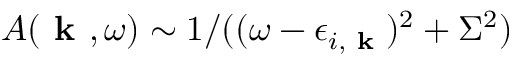
A ( \textbf { k } , \omega ) \sim 1 / ( ( \omega - \epsilon _ { i , \textbf { k } } ) ^ { 2 } + \Sigma ^ { 2 } )